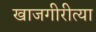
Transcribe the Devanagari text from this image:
खाजगीरीत्या